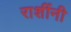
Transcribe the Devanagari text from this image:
राशींनी